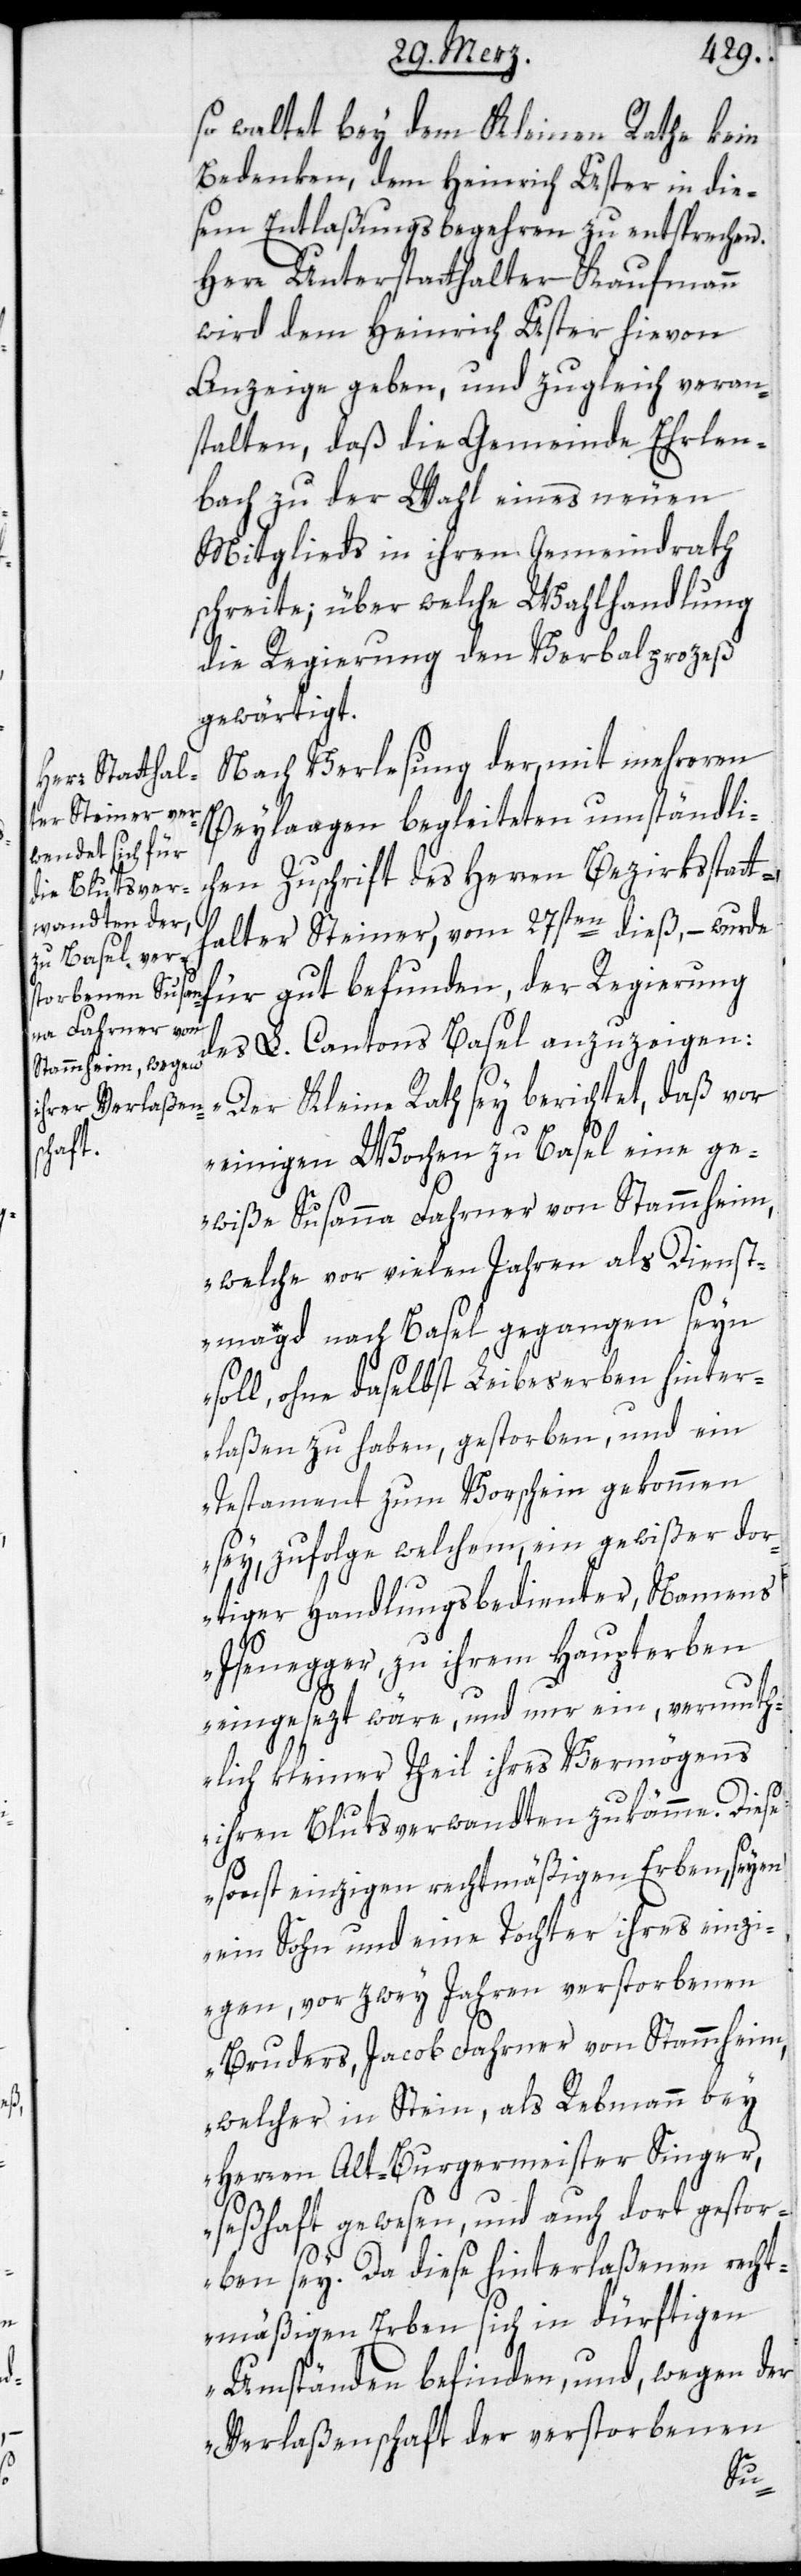
so waltet bey dem Kleinen Rathe kein
Bedenken, dem Heinrich Uster in die¬
sem Entlaßungsbegehren zu entsprechen.
Herr Unterstatthalter Kaufmann
wird dem Heinrich Uster hievon
Anzeige geben, und zugleich veran¬
stalten, daß die Gemeinde Ehrlen¬
bach zu der Wahl eines neuen
Mitglieds in ihren Gemeindrath
schreite; über welche Wahlhandlung
die Regierung den Verbalprozeß
gewärtigt.
Nach Verlesung der, mit mehreren
Beylaagen begleiteten umständli¬
chen Zuschrift des Herren Bezirksstatt¬
befunden, der
halter Steiner vom 27sten dieß, – wurde
des L. Cantons Basel anzuzeigen:
„Der Kleine Rath sei berichtet, daß vor
einigen Wochen zu Basel eine ge¬
wiße Susanna Fahrner von Stammheim,
welche vor vielen Jahren als Dienst¬
magd nach Basel gegangen seyn
soll, ohne daselbst Leibeserben hinter¬
laßen zu haben, gestorben, und ein
Testament zum Vorschein gekommen
sey, zufolge welchem, ein gewißer dor¬
tiger Handlungsbedienter, Namens
Isenegger, zu ihrem Haupterben
eingesezt wäre, und nur ein, vermuth¬
lich kleiner Theil ihres Vermögens
ihren Blutsverwandten zukämme. Diese
sonst einzigen rechtmäßigen Erben, seyen
ein Sohn und eine Tochter ihres einzi¬
gen, vor zwey Jahren verstorbenen
Bruders, Jacob Fahrner von Stammheim,
welcher in Stein, als Rebmann bey
Herren Alt-Burgermeister Singer,
seßhaft gewesen und auch dort gestor¬
ben sey. Da diese Hinterlaßenen recht¬
mäßigen Erben sich in dürftigen
Umständen befinden, und wegen der
Verlaßenschaft der verstorbenen
gut